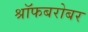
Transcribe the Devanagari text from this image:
श्रॉफबरोबर